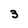
Character: 3